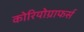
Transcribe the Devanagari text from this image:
कोरियोग्राफर्स